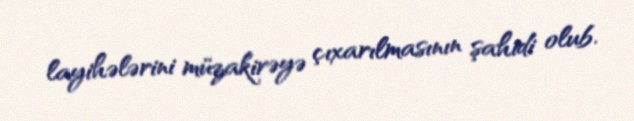
layihələrini müzakirəyə çıxarılmasının şahidi olub.